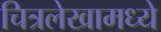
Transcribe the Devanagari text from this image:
चित्रलेखामध्ये